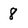
Character: 8